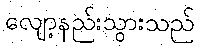
လျော့နည်းသွားသည်